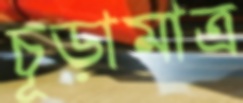
চূড়ামাত্র